Indian journal of veterinary science and animal husbandry - Volumes 15-17, 1948-1951
Year: 1948
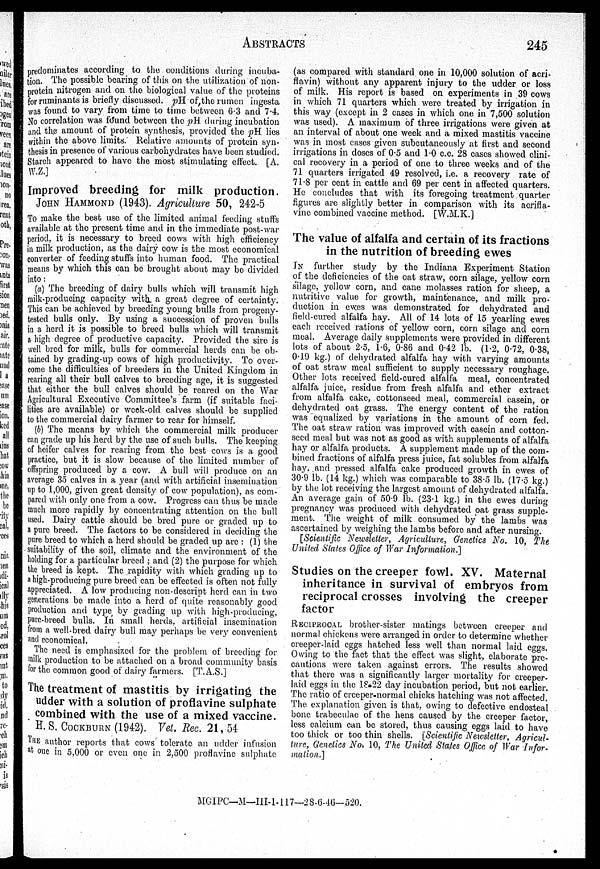
ABSTRACTS
245
predominates according to the conditions during incuba-
tion. The possible bearing of this on the utilization of non-
protein nitrogen and on the biological value of the proteins
for ruminants is briefly discussed. pH of the rumen ingesta
was found to vary from time to time between 6.3 and 7.4.
No correlation was found between the pH. during incubation
and the amount of protein synthesis, provided the pH lies
within the above limits. Relative amounts of protein syn-
thesis in presence of various carbohydrates have been studied.
Starch appeared to have the most stimulating effect. [A.
W.Z.]
Improved breeding for milk production.
JOHN HAMMOND (1943). Agriculture 50, 242-5
To make the best use of the limited animal feeding stuffs
available at the present time and in the immediate post-war
period, it is necessary to breed cows with high efficiency
in milk production, as the dairy cow is the most economical
converter of feeding stuffs into human food. The practical
means by which this can be brought about may be divided
into:
(a) The breeding of dairy bulls which will transmit high
milk-producing capacity with a great degree of certainty.
This can be achieved by breeding young bulls from progeny-
tested bulls only. By using a succession of proven bulls
in a herd it is possible to breed bulls which will transmit
a high degree of productive capacity. Provided the sire is
well bred for milk, bulls for commercial herds can be ob-
tained by grading-up cows of high productivity. To over-
come the difficulties of breeders in the United Kingdom in
rearing all their bull calves to breeding age, it is suggested
that either the bull calves should be reared on the War
Agricultural Executive Committee's farm (if suitable faci-
lities are available) or week-old calves should be supplied
to the commercial dairy farmer to rear for himself.
(b) The means by which the commercial milk producer
can grade up his herd by the use of such bulls. The keeping
of heifer calves for rearing from the best cows is a good
practice, but it is slow because of the limited number of
offspring produced by a cow. A bull will produce on an
average 35 calves in a year (and with artificial insemination
up to 1,000, given great density of cow population), as com-
pared with only one from a cow. Progress can thus be made
much more rapidly by concentrating attention on the bull
used. Dairy cattle should be bred pure or graded up to
a pure breed. The factors to be considered in deciding the
pure breed to which a herd should be graded up are : (1) the
suitability of the soil, climate and the environment of the
holding for a particular breed ; and (2) the purpose for which
the breed is kept. The rapidity with which grading up to
a high-producing pure breed can be effected is often not fully
appreciated. A low producing non-descript herd can in two
generations be made into a herd of quite reasonably good
production and type by grading up with high-producing,
pure-breed bulls. In small herds, artificial insemination
from a well-bred dairy bull may perhaps be very convenient
and economical.
The need is emphasized for the problem of breeding for
milk production to be attached on a broad community basis
for the common good of dairy farmers. [T. A.S.]
The treatment of mastitis by irrigating the
udder with a solution of proflavine sulphate
combined with the use of a mixed vaccine.
H. S. COCKBURN (1942). Vet. Rec. 21, 54
THE author reports that cows tolerate an udder infusion
at one in 5,000 or even one in 2,500 proflavine sulphate
(as compared with standard one in 10,000 solution of acri-
flavin) without any apparent injury to the udder or loss
of milk. His report is based on experiments in 39 cows
in which 71 quarters which were treated by irrigation in
this way (except in 2 cases in which one in 7,500 solution
was used). A maximum of three irrigations were given at
an interval of about one week and a mixed mastitis vaccine
was in most cases given subcutaneously at first and second
irrigations in doses of 0.5 and 1.0 c.c. 28 cases showed clini-
cal recovery in a period of one to three weeks and of the
71 quarters irrigated 49 resolved, i.e. a recovery rate of
71.8 per cent in cattle and 69 per cent in affected quarters.
He concludes that with its foregoing treatment quarter
figures are slightly better in comparison with its acrifla-
vine combined vaccine method. [W.M.K.]
The value of alfalfa and certain of its fractions
in the nutrition of breeding ewes
IN further study by the Indiana Experiment Station
of the deficiencies of the oat straw, corn silage, yellow corn
silage, yellow corn, and cane molasses ration for sheep, a
nutritive value for growth, maintenance, and milk pro-
duction in ewes was demonstrated for dehydrated and
field-cured alfalfa hay. All of 14 lots of 15 yearling ewes
each received rations of yellow corn, corn silage and corn
meal. Average daily supplements were provided in different
lots of about 2.5, 1.6, 0.86 and 0.42 lb. (1.2, 0.72, 0.38,
0.19 kg.) of dehydrated alfalfa hay with varying amounts
of oat straw meal sufficient to supply necessary roughage.
Other lots received field-cured alfalfa meal, concentrated
alfalfa juice, residue from fresh alfalfa and ether extract
from alfalfa cake, cottonseed meal, commercial casein, or
dehydrated oat grass. The energy content of the ration
was equalized by variations in the amount of corn fed.
The oat straw ration was improved with casein and cotton-
seed meal but was not as good as with supplements of alfalfa
hay or alfalfa products. A supplement made up of the com-
bined fractions of alfalfa press juice, fat solubles from alfalfa
hay. and pressed alfalfa cake produced growth in ewes of
30.9 lb. (14 kg.) which was comparable to 38.5 lb. (17.5 kg.)
by the lot receiving the largest amount of dehydrated alfalfa.
An average gain of 50.9 lb. (23.1 kg.) in the ewes during
pregnancy was produced with dehydrated oat grass supple-
ment. The weight of milk consumed by the lambs was
ascertained by weighing the lambs before and after nursing.
[Scientific Newsletter, Agriculture, Genetics No. 10, The
United States Office of War Information.]
Studies on the creeper fowl. XV. Maternal
inheritance in survival of embryos from
reciprocal crosses involving the creeper
factor
RECIPROCAL brother-sister matings between creeper and
normal chickens were arranged in order to determine whether
creeper-laid eggs hatched less well than normal laid eggs.
Owing to the fact that the effect was slight, elaborate pre-
cautions were taken against errors. The results showed
that there was a significantly larger mortality for creeper-
laid eggs in the 18-22 day incubation period, but not earlier.
The ratio of creeper-normal chicks hatching was not affected.
The explanation given is that, owing to defective endosteal
bone trabeculae of the hens caused by the creeper factor,
less calcium can be stored, thus causing eggs laid to have
too thick or too thin shells. [Scientific Newsletter, Agricul-
ture, Genetics No. 10, The United States Office of War Infor-
mation.]
MGIPC—M—III-1-117—28-6-46—520.